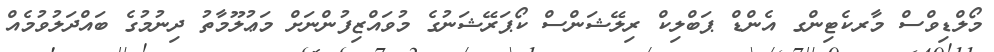
މޯލްޑިވްސް މާރކެޓިންގ އެންޑް ޕަބްލިކް ރިލޭޝަންސް ކޯޕަރޭޝަނުގެ މުވައްޒިފުންނަށް މަޢުލޫމާތު ދިނުމުގެ ބައްދަލުވުމެއް